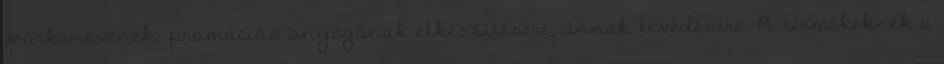
márkanevének, promóciós anyagának elkészítésére, annak levédésére. A termékeknek a